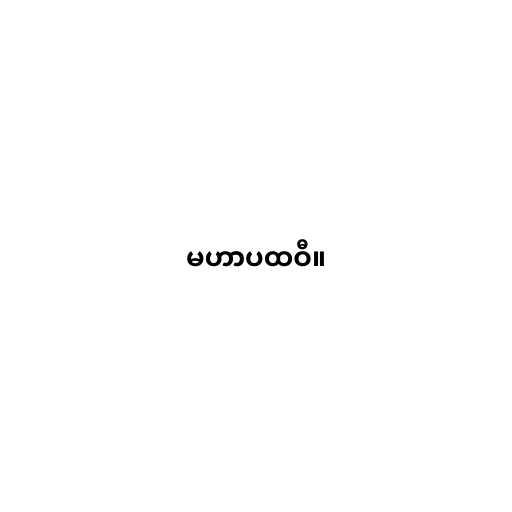
မဟာပထဝီ။